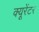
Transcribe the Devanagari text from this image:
क्यूरेंटर